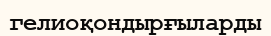
гелиоқондырғыларды